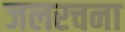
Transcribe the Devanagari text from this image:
जलरचना